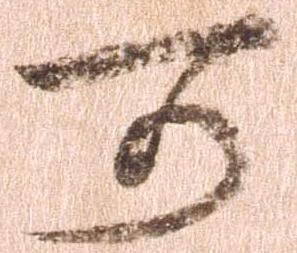
可